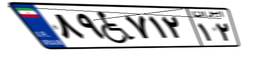
۵۳W۶۲۴۳۵